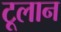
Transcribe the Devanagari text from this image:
टूलान